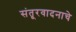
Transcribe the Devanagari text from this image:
संतूरवादनाचे